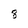
Character: 8